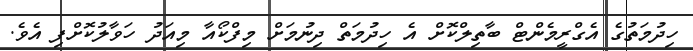
ހިދުމަތުގެ އެގްރީމެންޓް ބާތިލްކޮށް އެ ހިދުމަތް ދިނުމަށް މިފްކޯއާ މިއަދު ހަވާލުކޮށްފި އެވެ.